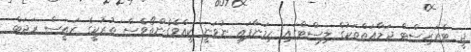
ޖީ ޓެރަރިސްޓް ޖަމާއަތްތަކުގެ ލިސްޓްގައި ހިމަނާފައި ނުވަނީ ކީއްވެގެންތޯވެސް ތުރުކީގެ ރައީސް ރަޖަބް